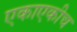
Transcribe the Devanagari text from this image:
एकाएकीच